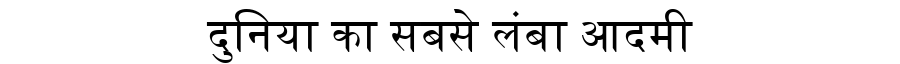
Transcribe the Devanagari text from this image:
दुनिया का सबसे लंबा आदमी